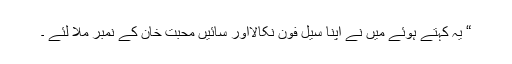
“ یہ کہتے ہوئے میں نے اپنا سیل فون نکالااور سائیں محبت خان کے نمبر ملا لئے ۔